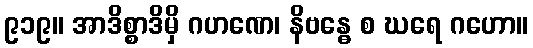
၉၁၉။ အာဒိစ္စာဒိမှိ ဂဟဏေ၊ နိဗန္ဓေ စ ဃရေ ဂဟော။